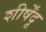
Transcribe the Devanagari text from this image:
शीर्षेंदू